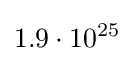
1.9\cdot 10^{25}